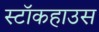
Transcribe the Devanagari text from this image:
स्टॉकहाउस